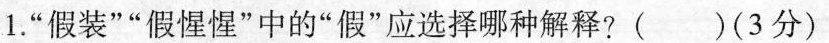
1.”假装””假惺惺”中的”假”应选择哪种解释?( )(3分)